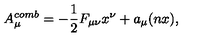
A \sb { \mu } \sp { c o m b } = - \frac { 1 } { 2 } F \sb { \mu \nu } x \sp { \nu } + a \sb { \mu } ( n x ) ,